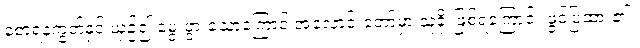
စောရနက္ခတ်နှင့် ယှဉ်၍ မွေးဖွားသောကြောင့် အလောင်းတော်မှာ သူခိုးဖြစ်ရကြောင်း ဖွင့်ပြထား၏။